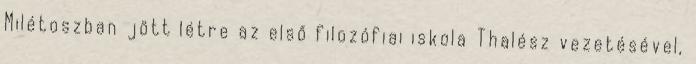
Milétoszban jött létre az első filozófiai iskola Thalész vezetésével,